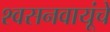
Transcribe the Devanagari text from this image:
श्वसनवायूंचे